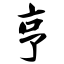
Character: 亨